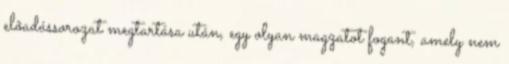
elõadássorozat megtartása után, egy olyan magzatot fogant, amely nem